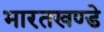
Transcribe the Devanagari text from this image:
भारतखण्डे